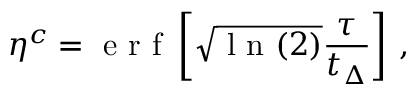
{ \eta } ^ { c } = \mathrm { ~ e ~ r ~ f ~ } \left[ \sqrt { \mathrm { ~ l ~ n ~ } ( 2 ) } \frac { \tau } { t _ { \Delta } } \right] \, ,